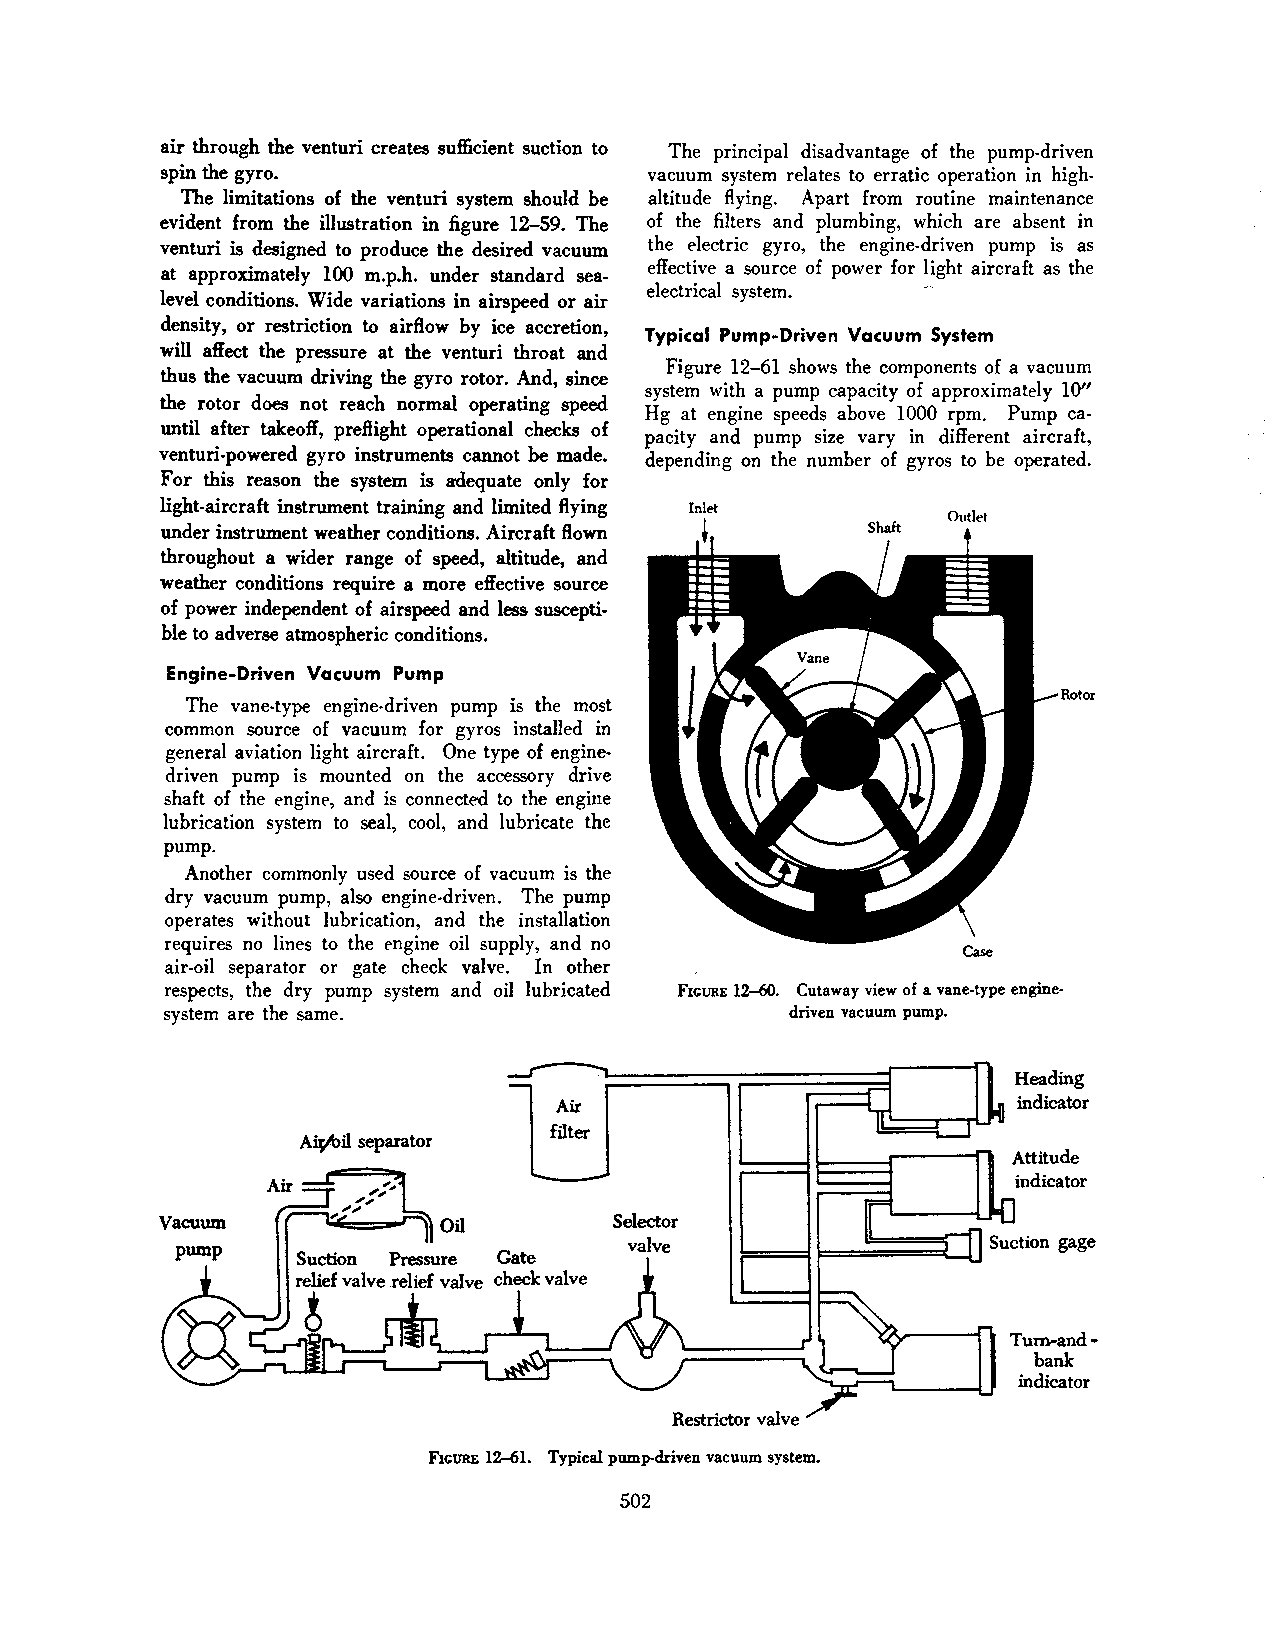
air through the venturi creates sufficient suction to The principal disadvantage of the pump-driven
 spin the gyro.                  vacuum system relates to erratic operation in high·
 The limitations of the venturi system should be altitude flying. Apart from routine maintenance
 evident from the illustration in figure 12-59. The of the filters and plumbing, which are absent in
 venturi is designed to produce the desired vacuum the electric gyro, the engine-driven pump is as
 effective a source of power for light aircraft as the
 at approximately 100 m.p.h. under standard sea
 electrical system.
 level conditions. Wide variations in airspeed or air
 density, or restriction to airflow by ice accretion,
 Typical Pump-Driven Vacuum System
 will affect the pressure at the venturi throat and
 Figure 12-61 shows the components of a vacuum
 thus the vacuum driving the gyro rotor. And, since
 system with a pump capacity of approximately 10"
 the rotor does not reach normal operating speed
 Hg at engine speeds above 1000 rpm. Pump ca
 until after takeoff, preflight operational checks of
 pacity and pump size vary in different aircraft,
 venturi-powered gyro instruments cannot be made. depending on the number of gyros to be operated.
 For this reason the system is adequate only for
 light-aircraft instrument training and limited flying
 under instrument weather conditions. Aircraft flown
 throughout a wider range of speed, altitude, and
 weather conditions require a more effective source
 of power independent of airspeed and less suscepti
 ble to adverse atmospheric conditions.
 Engine-Driven Vacuum Pump
 Rotor
 The vane-type engine-driven pump is the most
 common source of vacuum for gyros installed in
 general aviation light aircraft. One type of engine
 driven pump is mounted on the accessory drive
 shaft of the engine, and is connected to the engine
 lubrication system to seal, cool, and lubricate the
 pump.
 Another commonly used source of vacuum is the
 dry vacuum pump, also engine-driven. The pump
 operates without lubrication, and the installation
 requires no lines to the engine oil supply, and no
 air-oil separator or gate check valve. In other
 respects, the dry pump system and oil lubricated FIGURE 12-60. Cutaway view of a vane-type engine·
 system are the same.                     driven vacuum pump.
 Heading
 Air                           indicator
 filter
 A¥>il separator
 Tum-and·
 bank
 indicator
 Restrictor valve
 FIGURE 12-61. Typical pump-driven vacuum system.
 502